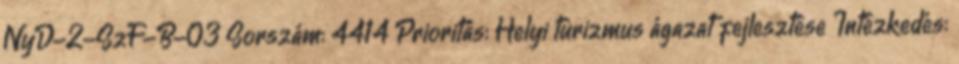
NyD-2-SzF-B-03 Sorszám: 4414 Prioritás: Helyi turizmus ágazat fejlesztése Intézkedés: